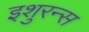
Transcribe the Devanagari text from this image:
इशुरन्स